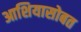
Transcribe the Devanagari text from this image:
आशियासोबत